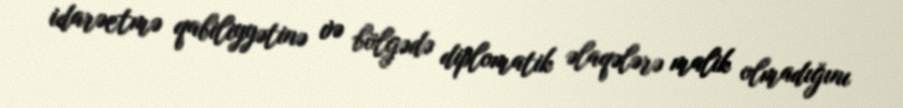
idarəetmə qabiliyyətinə və bölgədə diplomatik əlaqələrə malik olmadığını